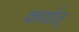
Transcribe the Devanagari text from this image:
कार्यात्